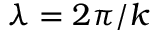
\lambda = 2 \pi / k